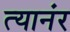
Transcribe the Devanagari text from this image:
त्यानंर